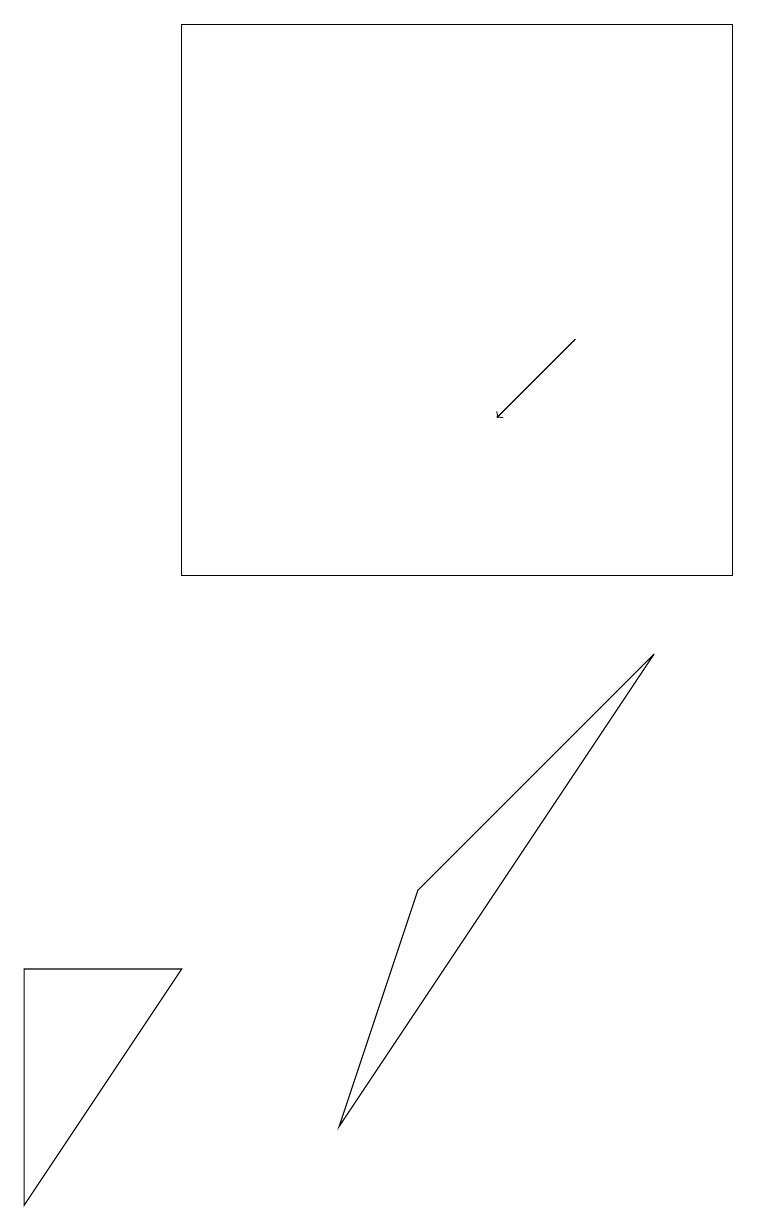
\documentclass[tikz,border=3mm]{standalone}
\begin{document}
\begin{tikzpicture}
\draw (8,9) -- (5,6) -- (4,3) -- cycle;
\draw (0,5) -- (0,2) -- (2,5) -- cycle;
\draw (2,17) rectangle (9,10);
\draw[->] (7,13) -- (6,12);
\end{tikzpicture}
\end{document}